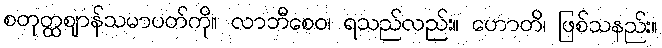
စတုတ္ထဈာန်သမာပတ်ကို။ လာဘီစေဝ၊ ရသည်လည်း။ ဟောတိ၊ ဖြစ်သနည်း။